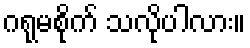
ဂရုမစိုက် သလိုပါလား။